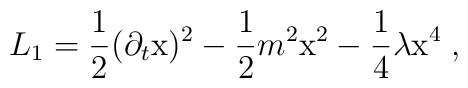
L_1=\frac{1}{2} (\partial_t {\rm x})^2-\frac{1}{2} m^2 {\rm x}^2-\frac{1}{4} \lambda {\rm x}^4 \; ,